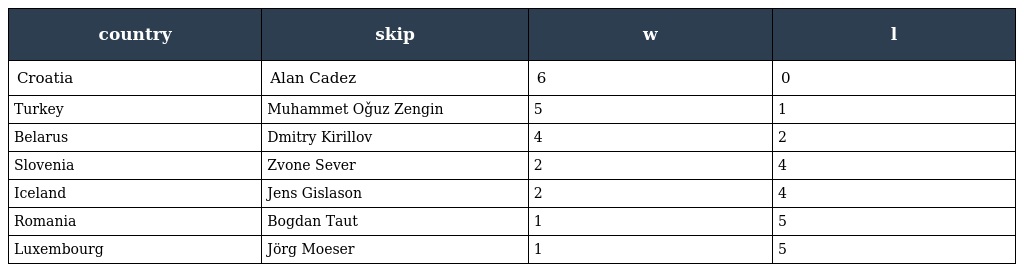
| country | skip | w | l |
 | --- | --- | --- | --- |
 | Croatia | Alan Cadez | 6 | 0 |
 | Turkey | Muhammet Oǧuz Zengin | 5 | 1 |
 | Belarus | Dmitry Kirillov | 4 | 2 |
 | Slovenia | Zvone Sever | 2 | 4 |
 | Iceland | Jens Gislason | 2 | 4 |
 | Romania | Bogdan Taut | 1 | 5 |
 | Luxembourg | Jörg Moeser | 1 | 5 |